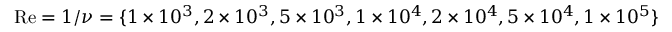
\mathrm { { R e } } = 1 / \nu = \{ 1 \times 1 0 ^ { 3 } , 2 \times 1 0 ^ { 3 } , 5 \times 1 0 ^ { 3 } , 1 \times 1 0 ^ { 4 } , 2 \times 1 0 ^ { 4 } , 5 \times 1 0 ^ { 4 } , 1 \times 1 0 ^ { 5 } \}